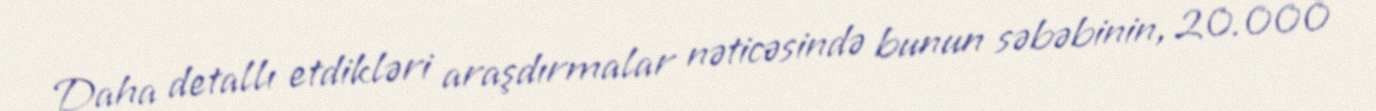
Daha detallı etdikləri araşdırmalar nəticəsində bunun səbəbinin, 20.000